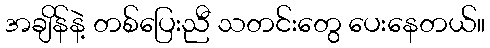
အချိန်နဲ့ တစ်ပြေးညီ သတင်းတွေ ပေးနေတယ်။